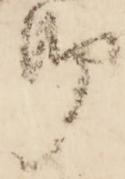
御